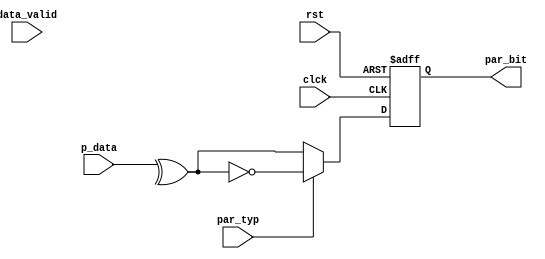
module parity_calc (clck,rst,p_data,data_valid,par_typ,par_bit);
input [7:0] p_data;
input clck,rst,data_valid,par_typ;
output reg par_bit;

always @(posedge clck or negedge rst)
begin
    if (rst==0)
    begin
        par_bit<=0;
    end
    else if (1)
    begin
        if (par_typ==0)
        begin
            par_bit<=^p_data;
        end
        else if(par_typ==1)
        begin
            par_bit<=~(^p_data);
        end
    end
    else 
    begin
        par_bit<=par_bit;
    end
end
endmodule